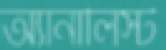
অ্যানালিস্ট